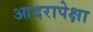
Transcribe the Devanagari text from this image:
आदरापेक्षा